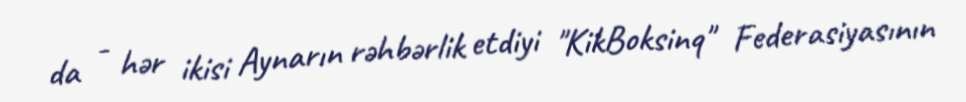
da - hər ikisi Aynarın rəhbərlik etdiyi "KikBoksinq" Federasiyasının